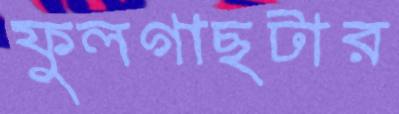
ফুলগাছটার